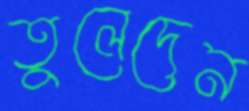
তুলেদেন